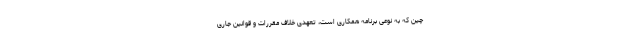
چین که به نوعی برنامه همکاری است، تعهدی خلاف مقررات و قوانین جاری